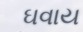
ઘવાય